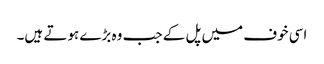
اسی خوف میں پل کے جب وہ بڑے ہوتے ہیں۔